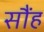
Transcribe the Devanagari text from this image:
सौंह